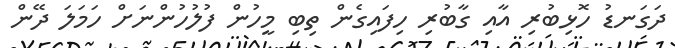
ދަގަނޑު ހޮޅިބުރި އާއި ގާބުރި ހިފައިގެން ތިބި މީހުން ފުލުހުންނަށް ހަމަލަ ދޭން